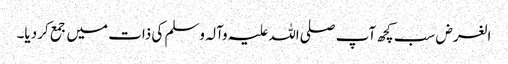
الغرض سب کچھ آپ صلی اللہ علیہ وآلہ وسلم کی ذات میں جمع کر دیا۔